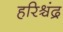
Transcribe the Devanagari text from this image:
हरिश्र्चंद्र